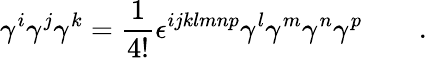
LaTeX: \gamma^{i}\gamma^{j}\gamma^{k}=\frac{1}{4!}\epsilon^{ijklmnp}\gamma^{l}\gamma^{m}\gamma^{n}\gamma^{p}\qquad.